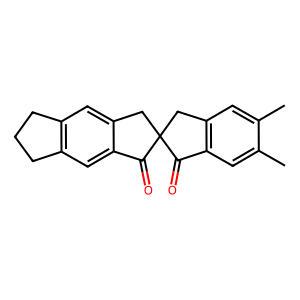
SMILES: Cc1cc2c(cc1C)C(=O)C1(C2)Cc2cc3c(cc2C1=O)CCC3
Inhibits HIV replication: No